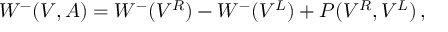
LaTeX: W ^ { - } ( V , A ) = W ^ { - } ( V ^ { R } ) - W ^ { - } ( V ^ { L } ) + P ( V ^ { R } , V ^ { L } ) \, ,